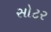
સોટર